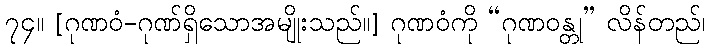
၇၄။ [ဂုဏဝံ-ဂုဏ်ရှိသောအမျိုးသည်။] ဂုဏဝံကို “ဂုဏဝန္တု” လိန်တည်၊